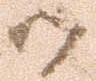
御